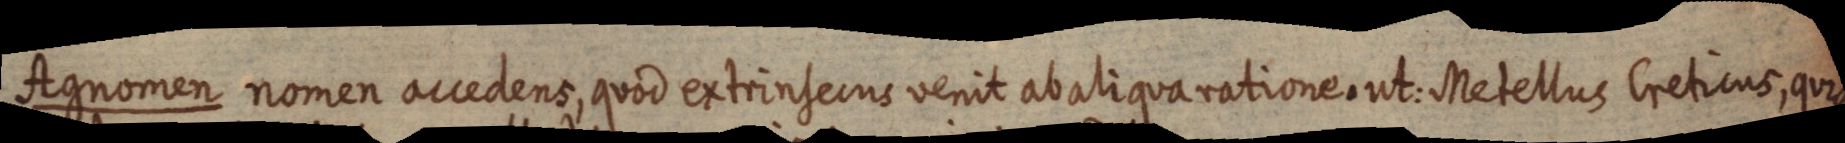
Agnomen nomen accedens, quod extrinsecus venit ab aliqua ratione, ut: Metellus Creticus, quia